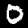
Label: 0